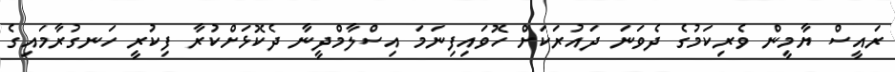
ރައީސް ޔާމީން ވެރިކަމުގެ ދެވަނަ ދައުރަކަށް ހޮވައިފިނަމަ އިސްލާމްދީނާ ދެކޮޅަށްކުރާ ފިކުރީ ހަނގުރާމައިގެ